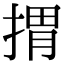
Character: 𢯮